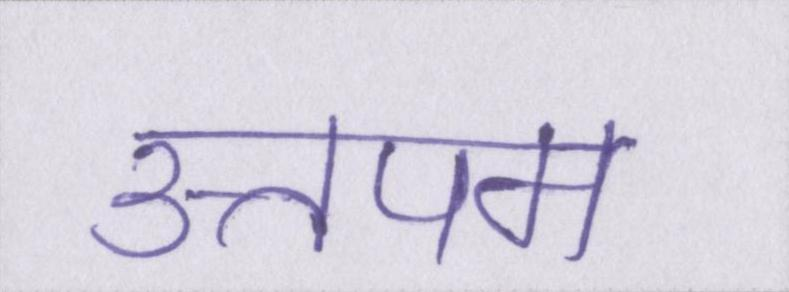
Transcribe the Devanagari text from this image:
उत्तपम